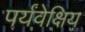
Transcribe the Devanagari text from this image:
पर्यंवेक्षिय